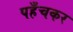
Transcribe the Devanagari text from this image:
पहँचकर